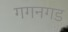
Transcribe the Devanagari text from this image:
गगनगड